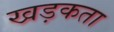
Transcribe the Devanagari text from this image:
खड़कता